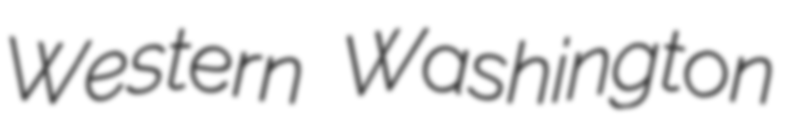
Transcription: Western Washington